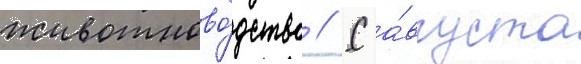
животново́дство // С а́вгуста